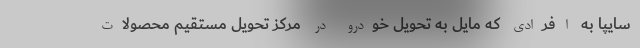
سایپا به افرادی که مایل به تحویل خودرو در مرکز تحویل مستقیم محصولات